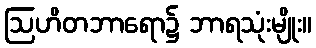
ဩဟိတဘာရော၌ ဘာရသုံးမျိုး။